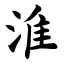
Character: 淮